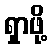
ရှာဖို့